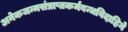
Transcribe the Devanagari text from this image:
अनेकजन्मसंप्राप्तकर्मबन्धविदाहिने